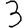
Digit: 3